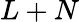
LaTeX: L+N